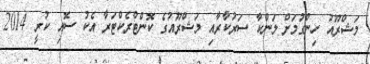
މަޝްރޫއު ހިންގުމަށް ލަންކާ ސަރުކާރާއި މަޝްރޫއުގެ ކޮންޓްރެކްޓަރާ އެކު ސޮއި ކުރީ 2014